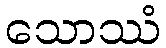
သောဿံ